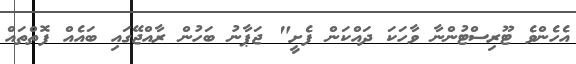
އެހެންވެ ޓޫރިސްޓުންނާ ވާހަކަ ދައްކަން ފެށީ" ޖަޕާނު ބަހުން ރާއްޖޭގައި ބައެއް ފޮތްތައް